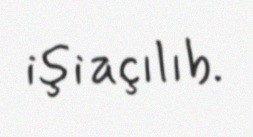
işi açılıb.